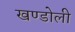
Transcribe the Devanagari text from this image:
खण्डोली